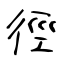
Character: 徑